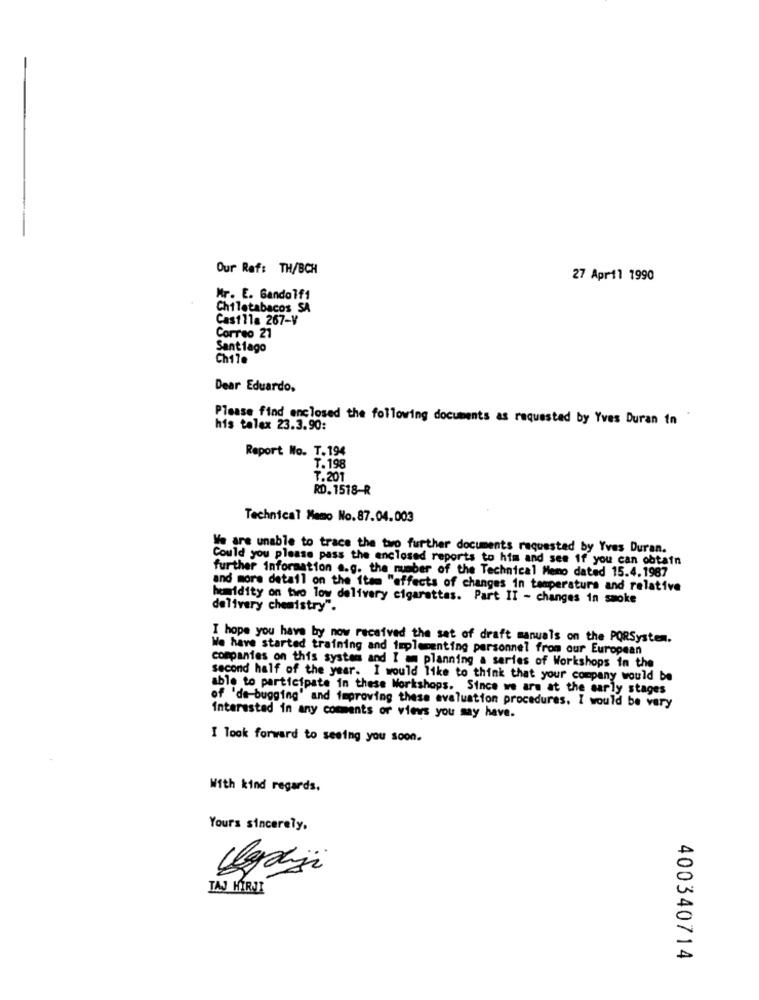
Our Ref: TH/BCH
27 April 1990
Mr. E. Gandolf1
Chiletabacos SA
Casilla 267-V
Correo 21
Santiago
Chile
Dear Eduardo.
Please find enclosed the following documents as requested by Yves Duran in
his talex 23.3.90:
Report No. T.194
T. 198
T.201
RD. 1518-R
Technical Memo No.87.04.003
We are unable to trace the two further documents requested by Yves Duran.
Could you please pass the enclosed reports to him and see if you can obtain
further information s.g. the number of the Technical Memo dated 15.4.1987
and more detail on the item "effects of changes in temperatura and relative
humidity on two low delivery cigarettas. Part II - changes in smoke
delivery chemistry".
I hope you have by now received the sat of draft manuals on the PORSystem.
We have started training and implementing personnel from our European
companies on this system and I am planning a series of Workshops in the
second half of the year. I would like to think that your company would be
able to participate in these Workshops. Since we are at the early stages
of 'de-bugging' and improving these evaluation procedures. I would be very
Interested in any comments or vievs you may have.
I look forward to seeing you soon.
With kind regards.
Yours sincerely,
IAJ HÍRJI
400340714